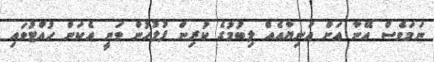
ނަމަވެސް އޭނާ އަށް އަނިޔާއެއް ލިބުމުގެ ކުރިން ފުލުހުން ވަނީ އެކަން ހުއްޓުވައި